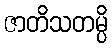
ဇာတိသတမ္ပိ